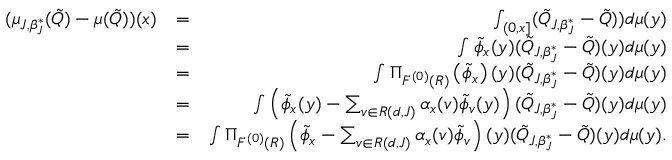
\begin{array} { r l r } { ( \mu _ { J , \beta _ { J } ^ { * } } ( \tilde { Q } ) - \mu ( \tilde { Q } ) ) ( x ) } & { = } & { \int _ { ( 0 , x ] } ( \tilde { Q } _ { J , \beta _ { J } ^ { * } } - \tilde { Q } ) ) d \mu ( y ) } \\ & { = } & { \int \tilde { \phi } _ { x } ( y ) ( \tilde { Q } _ { J , \beta _ { J } ^ { * } } - \tilde { Q } ) ( y ) d \mu ( y ) } \\ & { = } & { \int \Pi _ { { \cal F } ^ { ( 0 ) } ( { \cal R } ) } \left( \tilde { \phi } _ { x } \right) ( y ) ( \tilde { Q } _ { J , \beta _ { J } ^ { * } } - \tilde { Q } ) ( y ) d \mu ( y ) } \\ & { = } & { \int \left( \tilde { \phi } _ { x } ( y ) - \sum _ { v \in { \cal R } ( d , J ) } \alpha _ { x } ( v ) \tilde { \phi } _ { v } ( y ) \right) ( \tilde { Q } _ { J , \beta _ { J } ^ { * } } - \tilde { Q } ) ( y ) d \mu ( y ) } \\ & { = } & { \int \Pi _ { { \cal F } ^ { ( 0 ) } ( { \cal R } ) } \left( \tilde { \phi } _ { x } - \sum _ { v \in { \cal R } ( d , J ) } \alpha _ { x } ( v ) \tilde { \phi } _ { v } \right) ( y ) ( \tilde { Q } _ { J , \beta _ { J } ^ { * } } - \tilde { Q } ) ( y ) d \mu ( y ) . } \end{array}